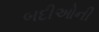
બદીઓની